Kures,_Voldemar, lk 27
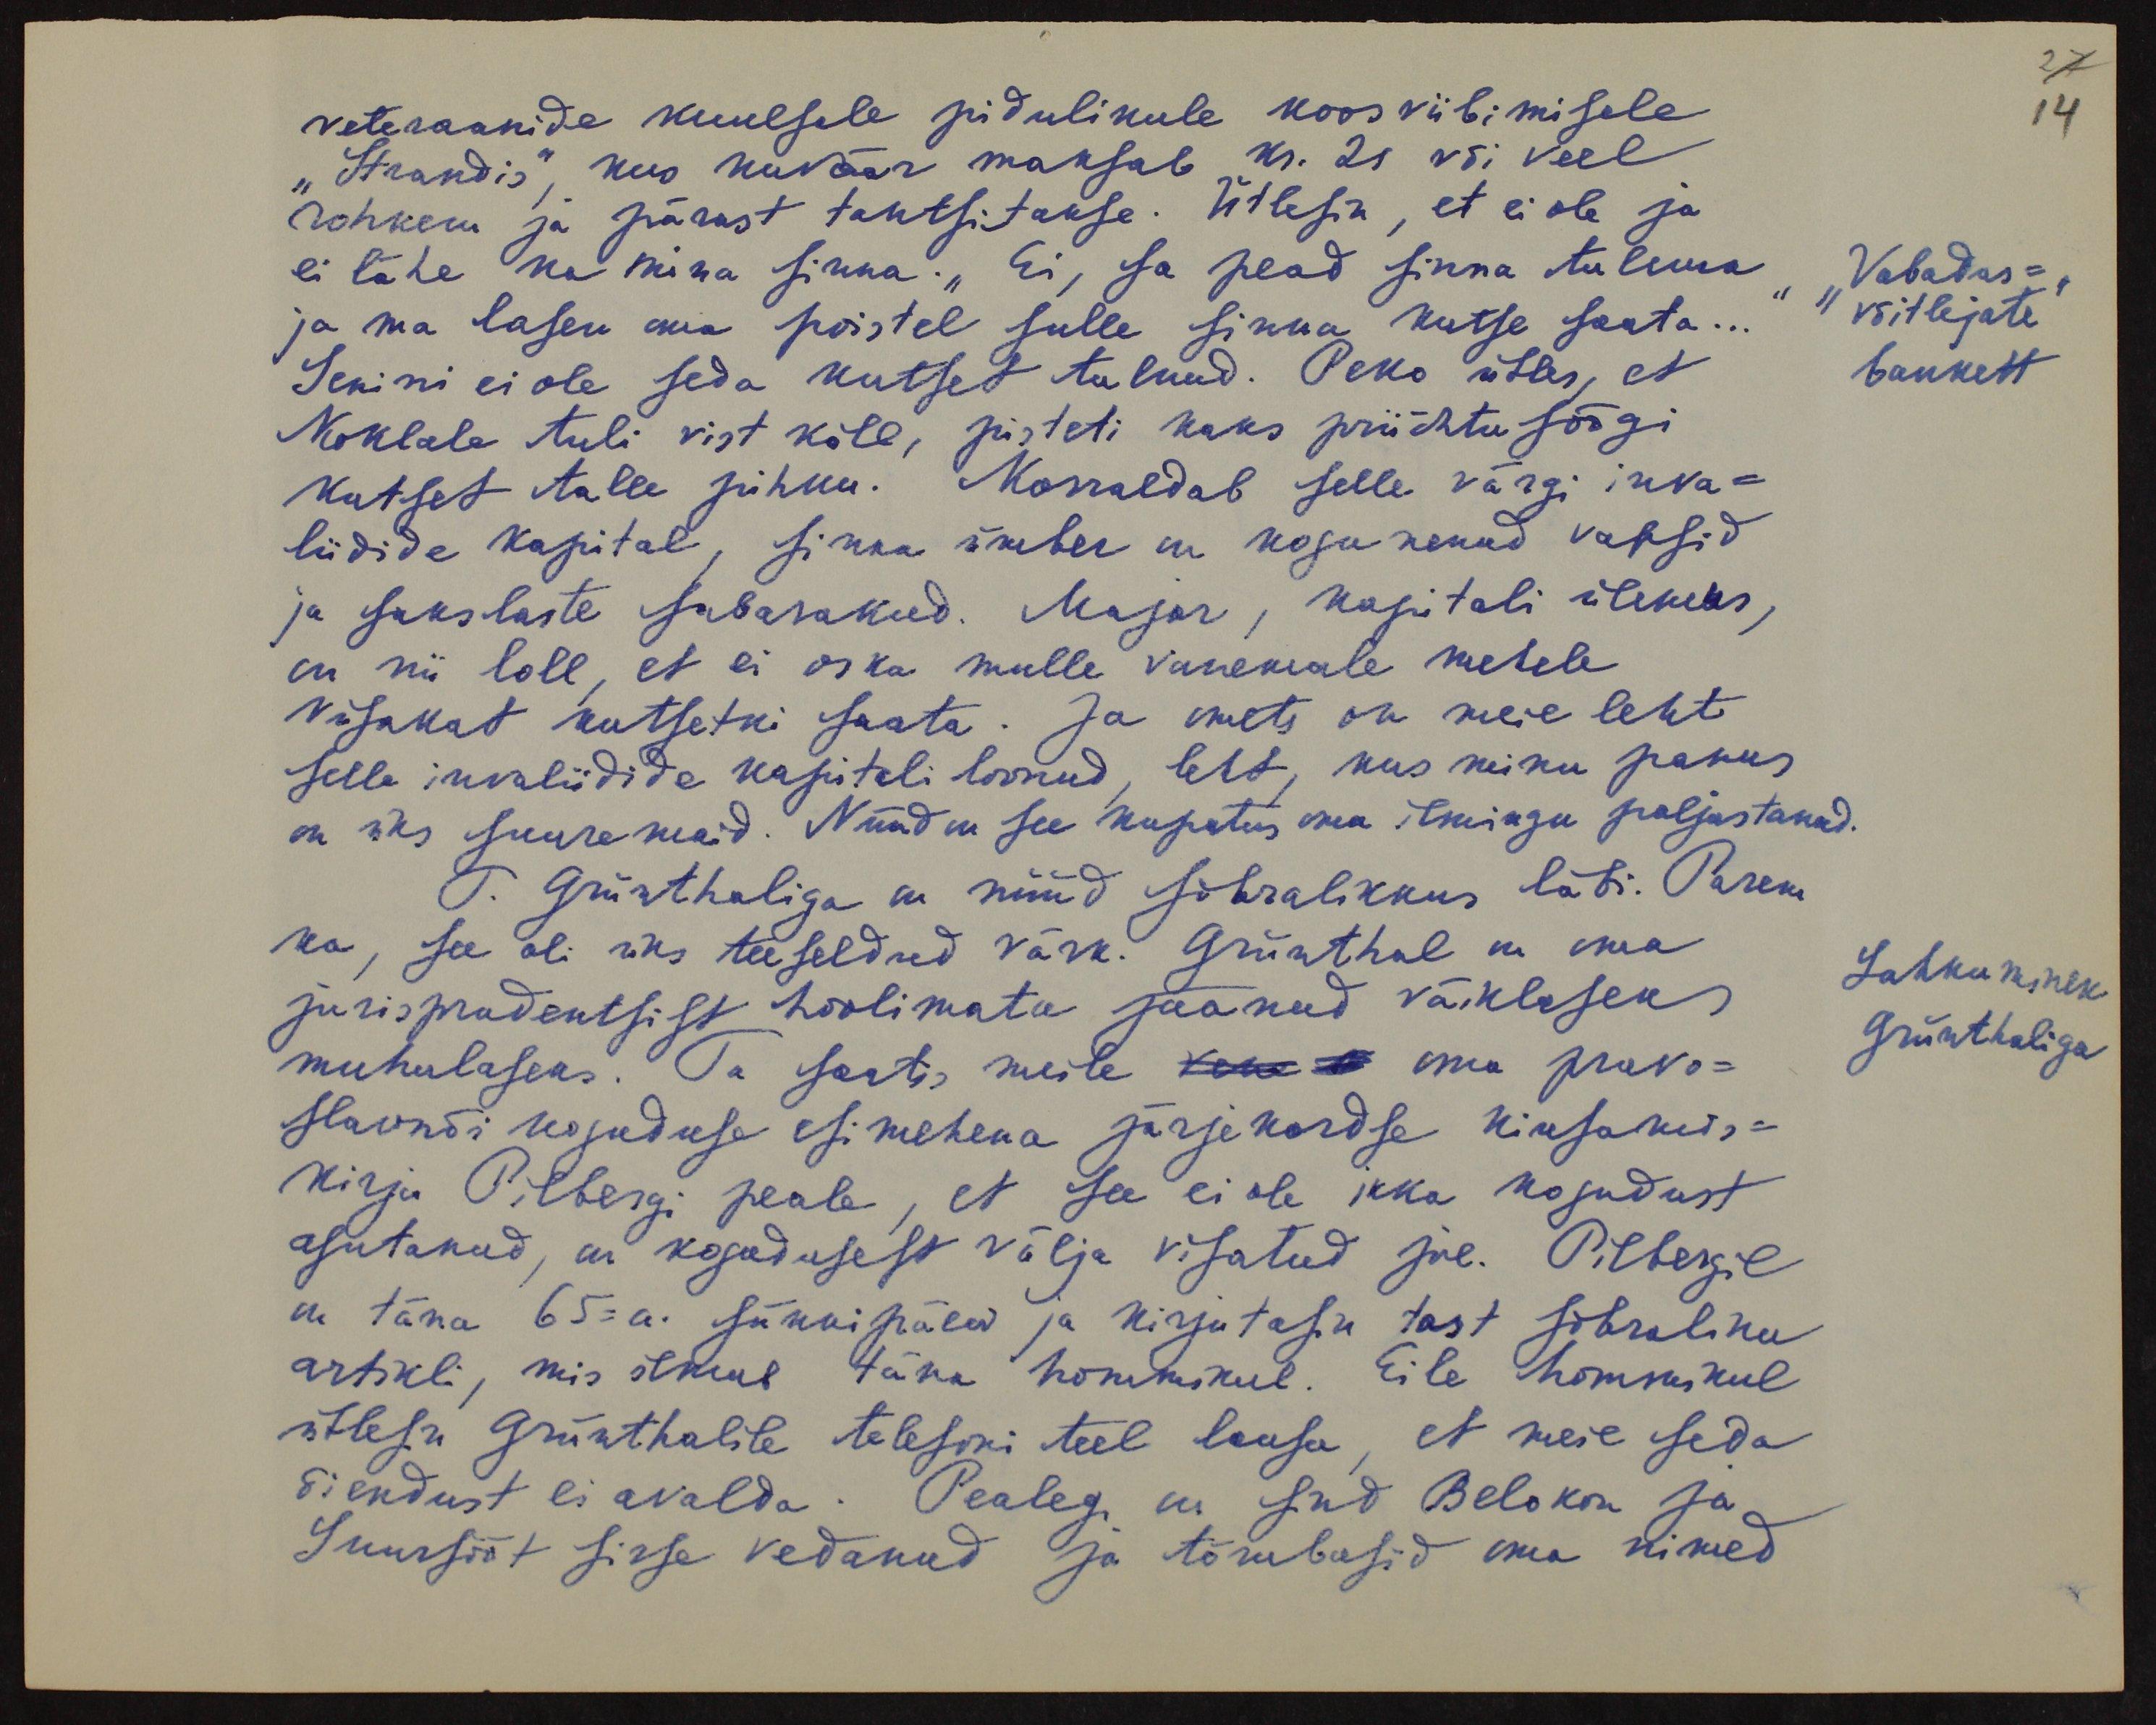
veteraanide kuuesele pidulikule koosviibimisele
"Strandis", kus kuväär maksab kr. 21 või veel
rohkem ja pärast tantsitakse. Ütlesin, et ei ole ja
ei lähe ka mina sinna. "Ei, sa pead sinna tulema
ja ma lasen oma poistel sulle sinna kutse saata...
Senini ei ole seda kutset tulnud. Peko ütles, et
Koklale tuli vist kõle, pisteti kaks prii õhtu söögi
kutset talle pihku. Korraldab selle värgi inva-
liidide kapital, sinna ümber on kogunenud vapsid
ja sakslaste sabarakud. Major, kapitali ülemus,
on nii loll, et ei oska mulle vanemale mehele
viisakat kutsetki saata. Ja ometi on meie leht
selle invaliidide kapitali loonud, leht, kus minu panus
on üks suuremaid. Nüüd on see kupatus oma ilmingu paljastanud.
J. Grünthaliga on nüüd sõbralikkus läbi. Parem
ka, see oli üks teeseldud värk. Grünthal on oma
jurispradentsist hoolimata jäänud väiklaseks
muhulaseks. Ta saatis Vene oma pravo-
slavnõi koguduse esimehena järjekordse kiusamis-
kirja Pilbergi peale, et see ei ole ikka kogudust
asutanud, on kogudusest välja visatud jne. Pilbergil
on täna 65-a. sünnipäew ja kirjutasin tast sõbraliku
artikli, mis ilmub täna hommikul. Eile hommikul
ütlesin Grünthalile telefoni teel lausa, et meie seda
õiendust ei avalda. Pealegi on end Belokon ja
Suursööt sisse vedanud ja tõmbasid oma nimed

27
14
"Vabadus-
võitlejate"
bankett
Lahkuminek
Grünthaliga